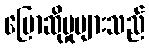
ပြောဆိုမှုများသည်